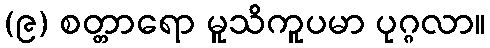
(၉) စတ္တာရော မူသိကူပမာ ပုဂ္ဂလာ။